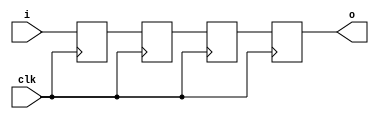
module siso(o,i,clk);
  output reg o;
  input i,clk;
  reg w1,w2,w3;
  
  always @(negedge clk)
  begin
    w1<=i;
    w2<=w1;
    w3<=w2;
    o<=w3;
  end 
endmodule

//tst bnch

module t_siso();
  wire o,w1,w2,w3;
  reg i,clk;
  
  siso a1(o,i,clk);
  
  always
  begin
    #10;
    clk=~clk;
  end
  
  initial
  begin
    clk=1'b0;
    
    i=1'b1;
    #50;
    i=1'b0;
    #50;
  end
endmodule